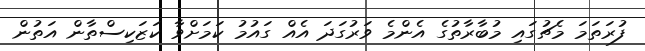
ފުރަތަމަ މެޗުގައި މުބާރާތުގެ އެންމެ ވަރުގަދަ އެއް ގައުމު ކަމަށްވާ ކަޒަކިސްތާން އަތުން